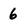
Character: 6